Tezpur Lunatic Asylum reports 1877-1894 - 1877-1894
Year: 1877
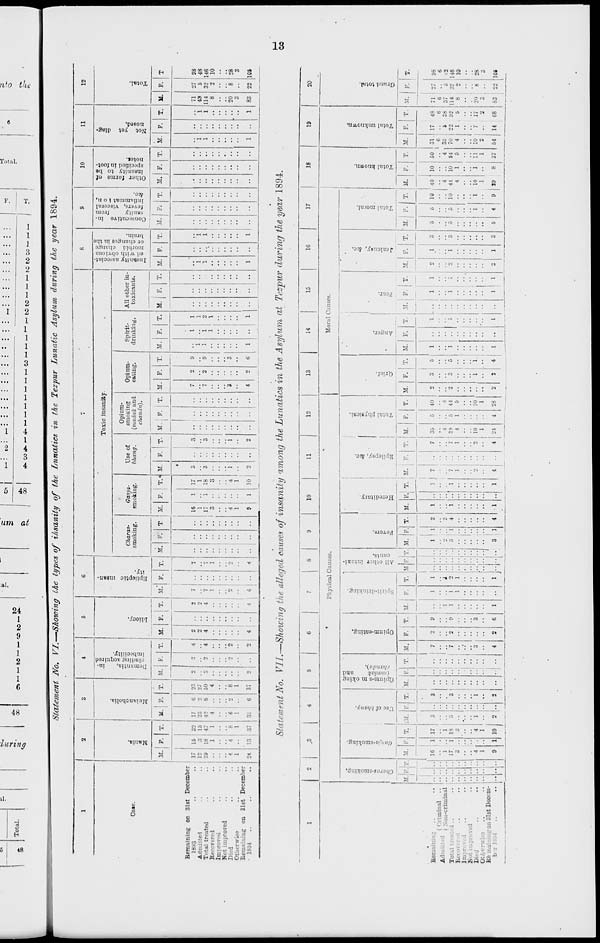
Total.
ao
a» <— *— to >— i—
to
s
c»j •-» • to: i—>: : : :
: • • • :
-»: • ■
; ; : : : :
H
et
3
•
00
*». CO *. ^- rf^ 1-
Statement No. VI.-—Showing the types of ihsanity of the Lunatics in the Tezpur Lunatic Asylum during the year 1894.
1
2
3
4
5
6
7
S
9
10
11
12
<3
•a
5
"o
a
a
c .
■5 - •-
c— d
o
o
3
a
•5 &*■
Toxic insanity.
'3 = 5 a
£§§Jd
Kill - a a o .2
a a"« a
' H 2So
§ >.g* a
a = > « -J
3 * o sj
o
g« a
I-c
•**
to
■3
Ca»e.
Charas-
smoking.
Ganja-
smoking.
Use of
bhang.
Opium-
smoKing
(i/iit^hik and
cltandu).
Opium-
eating.
Spirit-
drmking.
All other in-
toxicants.
o
!
|
H. R T. M. F. T. M. F. 1 T. M. F. T. M.* F. T. M. F. T M. F. 1 T.« M. F. T. M. I F. j T.
1 1
M. F. T. M. F. T.
i
M. j F. T. M. F. T. M. F; T. 11. F. T. M. F. T. M. F. T
Remaining on 31st December
189.3
Admittel
Total treated
Recovered
Improved
Died
Otherwise
Remaining on 31st December
• 1SS4
17
12
29
i
i
24
15
3
18
1
4
13
32
15
47
1
8
1
37
17
25
40
4
3,
6
2
s
6
23
27
50
4
8
1
37
o
2
2
4
4
2
2
2
o
4
4
••
2
2
4
4
7
7
1
2
4
••
7
7
1
2
4
16
1
1"
3
4
1
9
1
i
I
17
1
18
3
4
1
10
3
1
1
2
7
■i
4
2
2
2
9
9
3
0
i
1
1
1
i
I
1
1
2
1
1
1
1
1
••.
1
1
1
1
1
1
1
1
1
71
43
114
8
20
3
83
27
5
32
2
8
22
98
48
146
10
28
3
106
Statement No. VII.—Showing the alleged causes of insanity among the Lunatics in the Asylum at Tezpur during the year 1894.
00
1
2
.3
4
' 1 ' I 7 8 9 10
11
12
13
14
15
16
17
18
19
20
Physical Causes.
Moral Causes.
1
o
"3
O
H
d
ft
o
a
S
3
"5
o
■ H
tx
3 o
I
s
"3
I
1
2'
5
tea
.5 S
3 =
O
1^
bo
<s
fi
o
O
to
s
3
B
?
j
o
o a
a
o"
■a
P3
"3
a
1
■5
ft.
o
*3
5
a .
H
o
•a
a
i-
O
r. M. P. T. iM. F. T. M, F. T. M. F. T. M. F. T. MFT. M. r. T.
2
4
4
M. P. T.
1
M. r. T. M.
35
• 1
39
4
10
1
24
F.
5
5
1
4
T.
40
44
5
10
1
28
M. F. T. M. P. T. M. F. 1 T.
i
M. F. T, ' ir. p. T.
1 1
il. F. T. M. F. T. If. F. j T.
...
, ( Criminal ..
*
.-criminal
Rfe mainingonSIst Decem-
16
i
17.
3
4
1
9
:
i
i
17
i
IS
4
"1
3
1
2
[■
3
3
1
2
.. ..
.. ..
)
7
7
3
4
o
2
2
9
9
3
6
1
1
1
1
1
1
1
i
2
1
'J
••
•• "1
1
3
3
l
i
1
i
l -
1.
1
1
7
7
1
2
4
7
7
1
2
4
2
1
5
5
5
1
4
1
1
1
1
1
1
1
1
"
2
1
1
1
3
3
5
5
5
5
1
4
10
10
1
9
40
4
44
4
10
1
19
10
io
l
i
8
50
..
4
54
5
11
1
37
31
6
3;;
7u
4
10
2
54
17
48
..
6
S
38
22 92
1 . 5
7
17
2
14
08
71
6
114
8
20
3
83
27
a
32
2
8
22
9S
6
.2
146
10
28
3
10*